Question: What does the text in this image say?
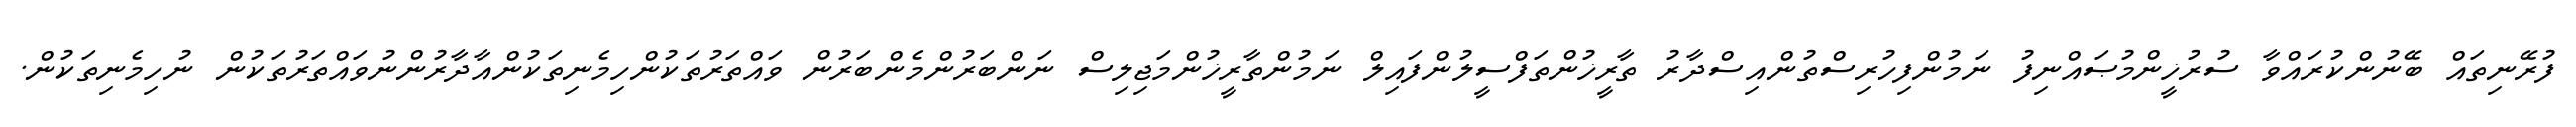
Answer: ފުރޭނިތައް ބޭނުންކުރައްވާ ސުރުޚީންމުޞައްނިފު ނަމުންފިހުރިސްތުންއިސްދާރު ތާރީޚުންތަފްސީލުންފައިލް ނަމުންތާރީޚުންމަޖިލިސް ނަންބަރުންމެންބަރުން ވައްތަރުތަކުންހިމެނިތަކުންއާދާރުންނުވައްތަރުތަކުން ނުހިމެނިތަކުން.